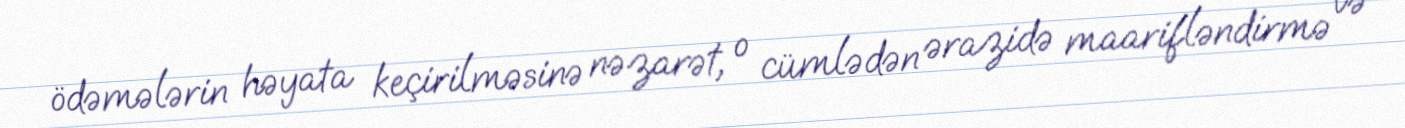
ödəmələrin həyata keçirilməsinə nəzarət, o cümlədən ərazidə maarifləndirmə və